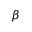
\beta